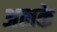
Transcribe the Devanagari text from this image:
अलके